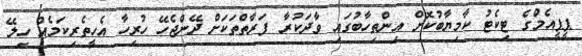
ޕީޕީއެމްގެ ޓިކެޓު ކާމިޔާބުކޮށް އިންތިހާބުގައި ވާދަކުރާ ފަރާތްތަކަށް ދޭންޖެހޭ ހުރިހާ އެހީތެރިކަމެއް ހިލޭ